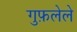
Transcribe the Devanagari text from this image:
गुफ़लेले